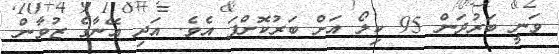
ވަނީ ބަރުދަން 95 ކިލޯ އަށް ބަރުކޮށްފަ އެވެ. އަދި އޭނާގެ ޒުވާން